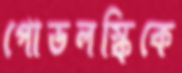
পোডলস্কিকে